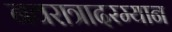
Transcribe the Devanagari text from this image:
नवरात्रादरम्यान